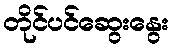
တိုင်ပင်ဆွေးနွေး